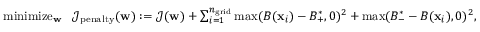
\begin{array} { r } { \operatornamewithlimits { m i n i m i z e } _ { \mathbf { w } } \ \ \mathcal { J } _ { \mathrm { p e n a l t y } } ( \mathbf { w } ) : = \mathcal { J } ( \mathbf { w } ) + \sum _ { i = 1 } ^ { { n _ { \mathrm { g r i d } } } } \operatorname* { m a x } ( B ( \mathbf { x } _ { i } ) - B _ { + } ^ { * } , 0 ) ^ { 2 } + \operatorname* { m a x } ( B _ { - } ^ { * } - B ( \mathbf { x } _ { i } ) , 0 ) ^ { 2 } , } \end{array}